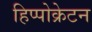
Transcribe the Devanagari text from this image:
हिप्पोक्रेटन